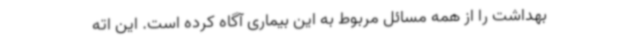
بهداشت را از همه مسائل مربوط به این بیماری آگاه کرده است. این اته